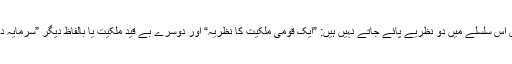
معاصر دنیا میں اس سلسلے میں دو نظریے پائے جاتے نہیں ہیں: ”ایک قومی ملکیت کا نظریہ“ اور دوسرے بے قید ملکیت یا بالفاظ دیگر ”سرمایہ داری کا نظریہ“۔